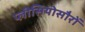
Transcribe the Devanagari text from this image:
प्लीसियोसौरों